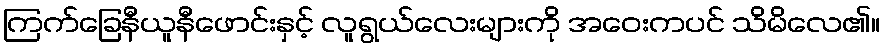
ကြက်ခြေနီယူနီဖောင်းနှင့် လူရွယ်လေးများကို အဝေးကပင် သိမိလေ၏။